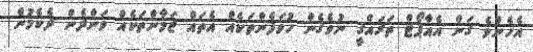
އެހެންވެ ގަން އެއާޕޯޓް ތަރައްގީ ނުވެގެން ހުވަފެންތަކެއް އެތައް ޒަމާންތަކެއް ވަންދެން ދެކެމުން